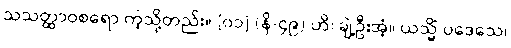
သသတ္ထာဝစရော ကဲ့သို့တည်း။ [၀၁] (နိ-၄၉) ဟိ၊ ချဲ့ဦးအံ့။ ယသ္မိံ ပဒေသေ၊